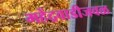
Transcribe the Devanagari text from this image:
महेंद्रवाडीजवळ